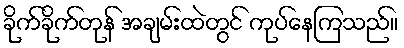
ခိုက်ခိုက်တုန် အချမ်းထဲတွင် ကုပ်နေကြသည်။